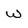
Character: W